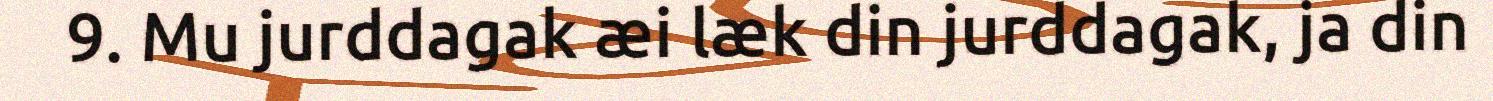
9. Mu jurddagak æi læk din jurddagak, ja din